Document type: Dowry acquittance
Year: 1427
Scribe: Pere Tarafa
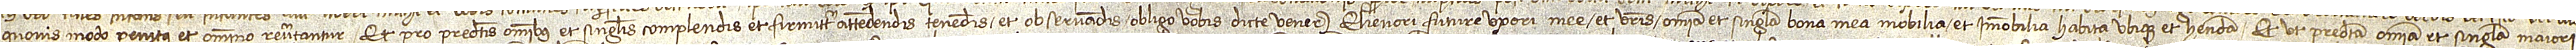
quovis modo penitus et omnino revertantur. Et pro predictis omnibus et singulis complendis et firmiter attendendis, tenendis et observandis obligo vobis dicte venerabili Elienori, future uxori mee, et vestris omnia et singula bona mea, mobilia et immobilia, habita ubique et habenda. Et ut predicta omnia et singula maiori